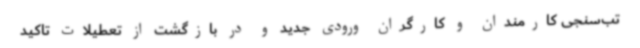
تب‌سنجی کارمندان و کارگران ورودی جدید و در بازگشت از تعطیلات تاکید